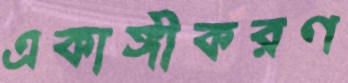
একাঙ্গীকরণ